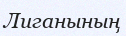
Лиганының